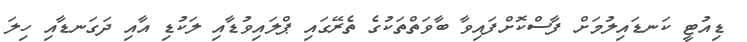
ޑިއުޓީ ކަނޑައިލުމަށް ފާސްކޮށްފައިވާ ބާވަތްތަކުގެ ތެރޭގައި ޕްލައިވުޑާއި ލަކުޑި އާއި ދަގަނޑާއި ހިލަ